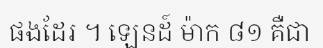
ផងដែរ ។ ឡេនដ៍ ម៉ាក ៨១ គឺជា